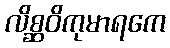
လိစ္ဆဝိကုမာရကေ